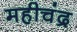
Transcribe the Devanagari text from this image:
महीचंद्र